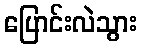
ပြောင်းလဲသွား